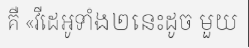
គឺ «វីដេអូទាំង២នេះដូច មួយ